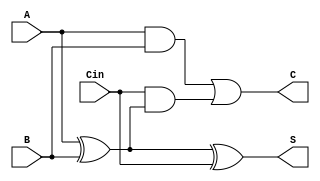
module CarrySaveAdder (
    input [N-1:0] A,    // First operand
    input [N-1:0] B,    // Second operand
    input [N-1:0] Cin,  // Carry input
    output [N-1:0] S,   // Sum output
    output [N-1:0] C    // Carry output
);
    parameter N = 8; // Width of the operands

    assign S = A ^ B ^ Cin;  // Sum calculation
    assign C = (A & B) | (Cin & (A ^ B)); // Carry calculation
endmodule